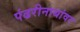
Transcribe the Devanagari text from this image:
पंढरीनाथांवर